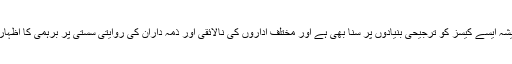
عدالت نے ہمیشہ ایسے کیسز کو ترجیحی بنیادوں پر سنا بھی ہے اور مختلف اداروں کی نالائقی اور ذمہ داران کی روایتی سستی پر برہمی کا اظہار بھی کیا ہے۔